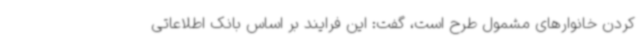
کردن خانوارهای مشمول طرح است، گفت: این فرایند بر اساس بانک اطلاعاتی